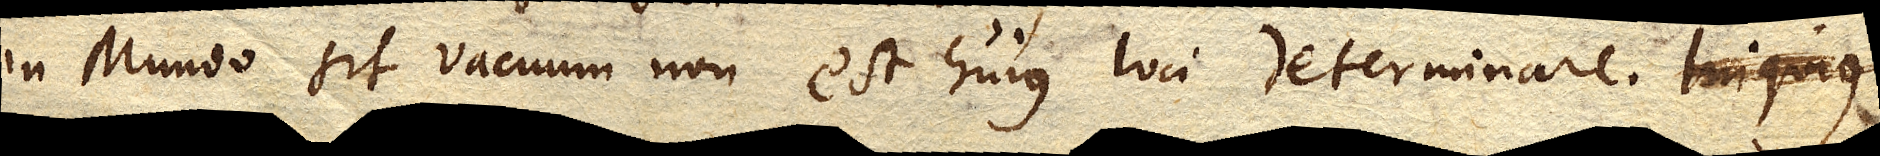
in Mundo sit vacuum non est hujus loci determinare. Iniquius